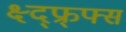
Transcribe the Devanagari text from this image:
क्ष्द्फ्र्फ्स